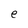
Character: e